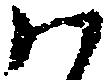
ハ